Senior Leaving Certificate Examination (including Day School Certificate (Higher) General paper), 1946
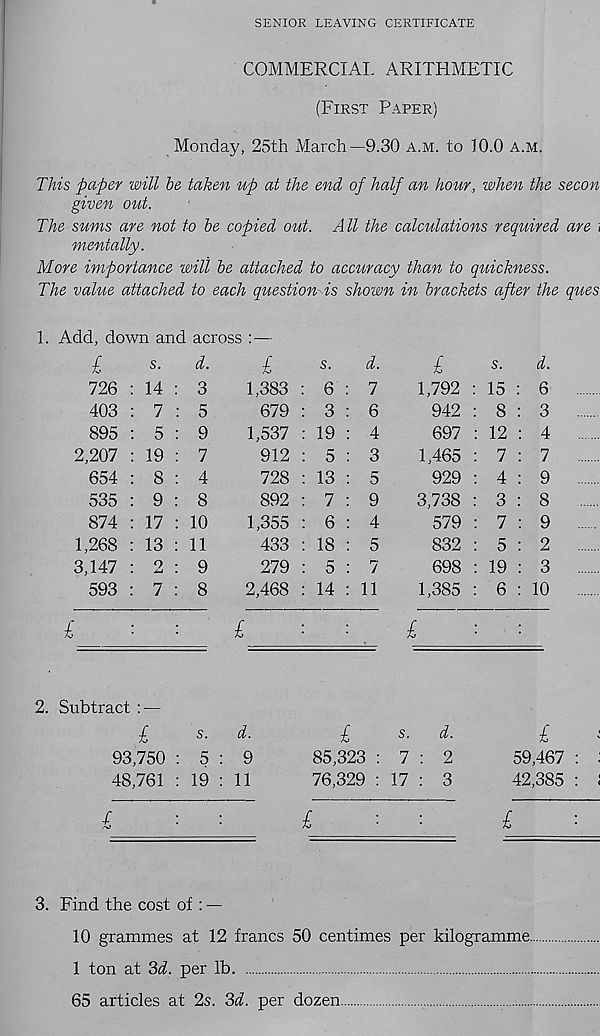
SENIOR LEAVING CERTIFICATE
COMMERCIAL ARITHMETIC
(First Paper)
Monday, 25th March—9.30 a.m. to 10.0 a.m.
This paper will he taken up at the end of half an hour, when the secon
given out.
The sums are not to be copied out. All the calculations required are \
mentally.
More importance will be attached to accuracy than to quickness.
The value attached to each question is shown in brackets after the ques
1. Add, down and across :—
l
726
403
895
2,207
654
535
874
1,268
3,147
593
i
s.
d.
14 : 3
7 : 5
5 : 9
19 : 7
8 : 4
9 : 8
17 : 10
13 : 11
2 : 9
7 : 8
l
1,383
679
1,537
912
728
892
1,355
433
279
2,468
£
s.
d.
6 : 7
3 : 6
19 : 4
5 : 3
13 : 5
7 : 9
6 : 4
18 : 5
5 : 7
14 : 11
£
1,792
942
697
1,465
929
3,738
579
832
698
1,385
£
s.
d.
15 : 6
8 : 3
12 : 4
7 : 7
4 : 9
3 : 8
7 : 9
5 : 2
19 : 3
6 : 10
2. Subtract : —
£
s.
d.
93,750 : 5 : 9
48,761 : 19 : 11
£
s -
85,323 : 7 : 2
76,329 : 17 : 3
£
59,467 : ;
42,385 : 1
f
£
£
3. Find the cost of : —
10 grammes at 12 francs 50 centimes per kilogramme.
1 ton at ‘M. per lb
65 articles at 2s. 3d. per dozen